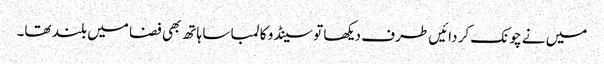
میں نے چونک کر دائیں طرف دیکھا تو سینڈو کا لمبا سا ہاتھ بھی فضا میں بلند تھا۔